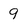
Character: 9